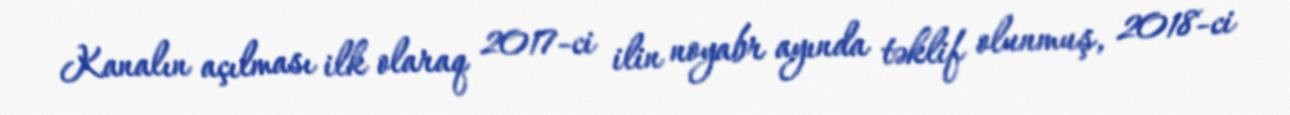
Kanalın açılması ilk olaraq 2017-ci ilin noyabr ayında təklif olunmuş, 2018-ci